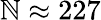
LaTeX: \mathbb{N}\approx227